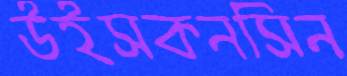
উইসকনসিন